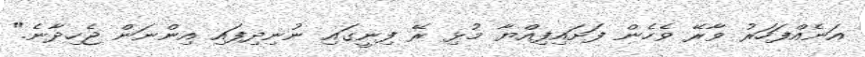
އަނެއްފަހަރު ވާރޭ ވެހެން ފަށައިފިއްޔާ މުޅި ރޭ ފިނީގައި ނުނިދިފައި އިންނަން ޖެހިދާނެ."